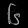
Digit: ၆